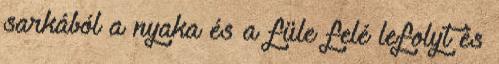
sarkából a nyaka és a füle felé lefolyt és